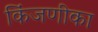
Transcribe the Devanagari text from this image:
किंजणीका